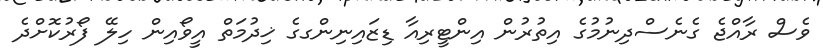
ވެސް ރާއްޖެ ގެނެސްދިނުމުގެ އިތުރުން އިންޓީރިއާ ޑިޒައިނިންގގެ ޚިދުމަތް އީވޯއިން ހިލޭ ފޯރުކޮށްދެ